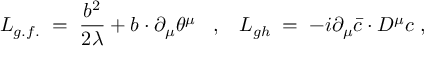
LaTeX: { \cal L } _ { g . f . } \; = \; \frac { b ^ { 2 } } { 2 \lambda } + b \cdot \partial _ { \mu } \theta ^ { \mu } \; \; \; , \; \; \; { \cal L } _ { g h } \; = \; - i \partial _ { \mu } { \bar { c } } \cdot D ^ { \mu } c \; ,